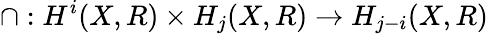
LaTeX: \cap:H^{i}(X,R)\times H_{j}(X,R)\to H_{j-i}(X,R)